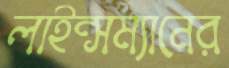
লাইন্সম্যানের